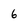
Character: 6